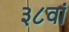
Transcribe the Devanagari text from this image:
३८वां